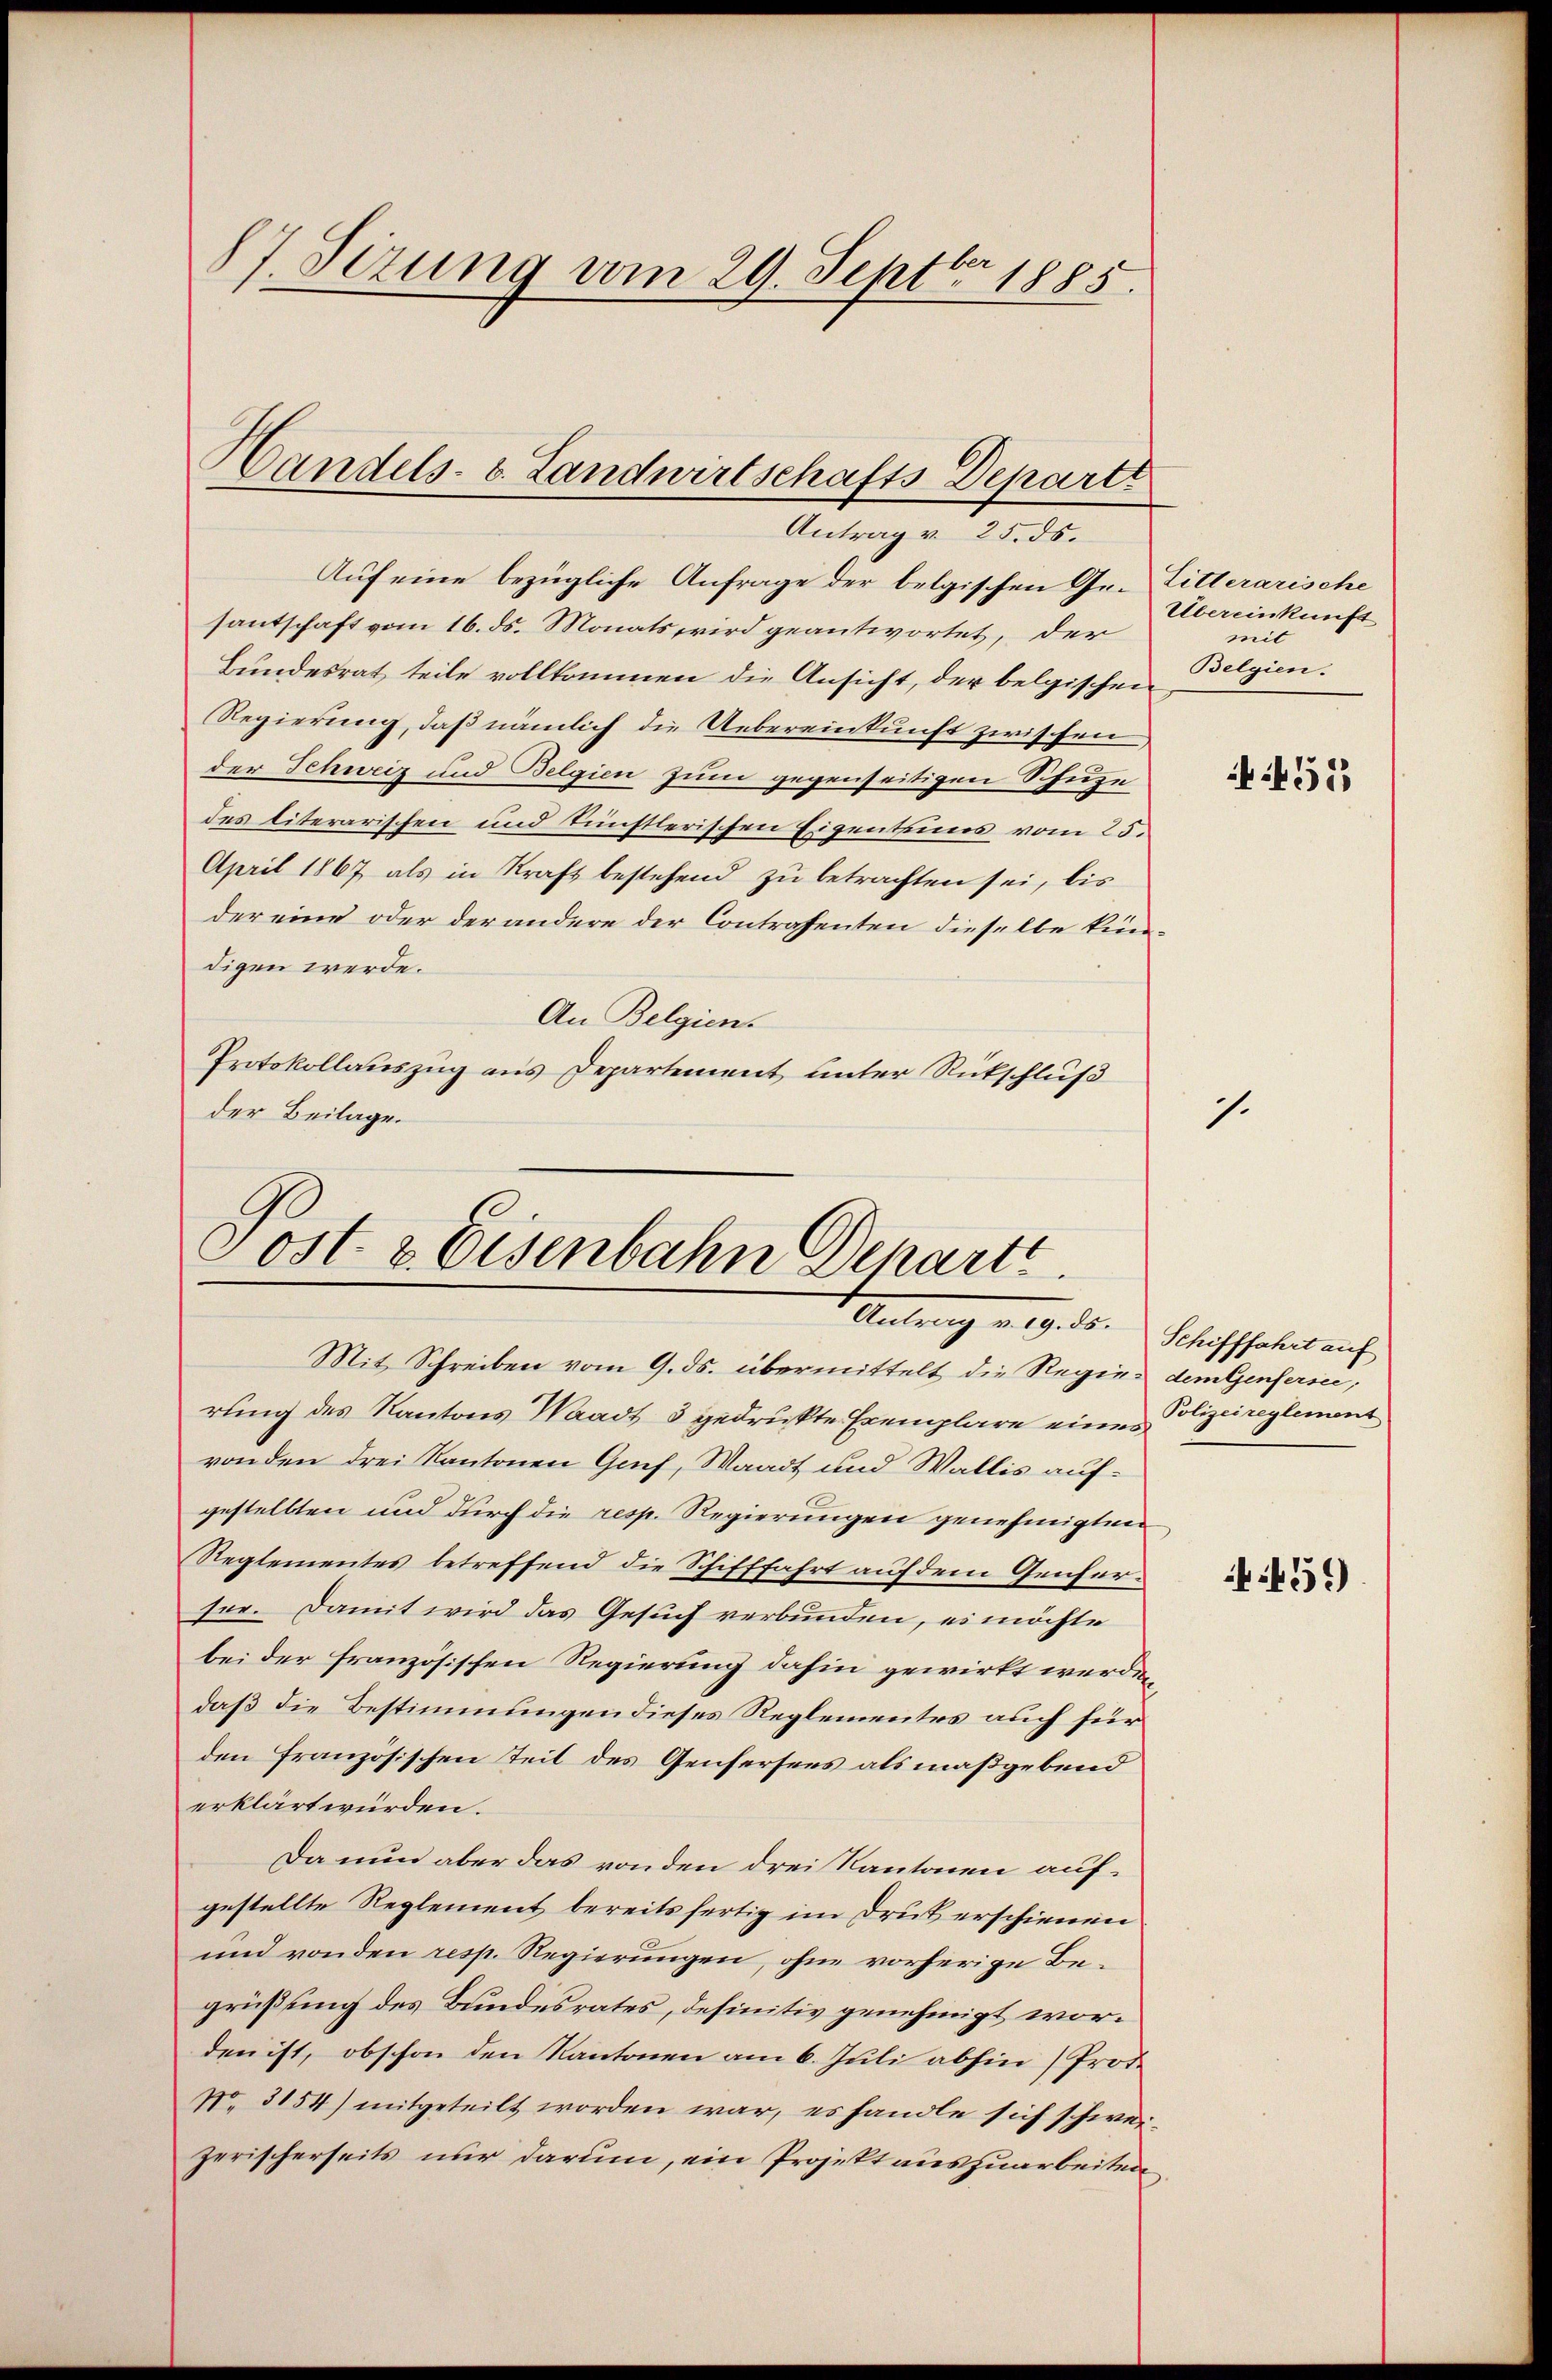
87. Sezung vom 29. Septbr 1885.

Auf eine bezügliche Anfrage der belgischen Gr. Litterarische
santschaft vom 16. ds. Monats wird geantwortet, der
Bundesrat teile vollkommen die Ansicht, der belgischen
Regierung, daß nämlich die Uebereinkunft zwischen
der Schweiz und Belgien zum gegenseitigen Schuze
des literarischen und künstlerischen Eigenteines vom 25.
April 1867 als in Kraft bestehend zu betrachten sei, bis
der eine oder der andere der Contrahenten dieselbe kindigen werde.
An Belgien.
Protokollauszug aus Departement unter Rückschluß
der Beilage.

Handels- 8. Landwirtschafts Departt
Antrag v. 25. ds.

Post- & Eisenbahn Departe
Antrag v. 19. ds. Schiffahrt auf
Mit Schreiben vom 9. ds. übermittelt die Regie dem Genfersee,

Übereinkunft
mit
Belgien.

rung des Kantons Waadt 3 gedruckte Exemplare eines Polizeireglement
ronden drei Kantonen Genf, Waadt und Wallis aufgestellten und durch die resp. Regierungen genehmigten
Reglementes betreffend die Schifffahrt auf dem Genferser. Damit wird das Gesuch verbunden, es möchte
bei der französischen Regierung dahin gewirkt werden
daß die Bestimmungen dieses Reglementes auch für
den Französischen Teil des Genfersers als maßgebend
erklärt würden.
Da nun aber das von den drei Kantonen aufgestellte Reglement bereits fertig im Druk erschienen
und von den resp. Regierungen, ohne vorherige Begrüßung des Bundesrates, definitiv genehmigt worden ist, obschon den Kantonen am 6. Juli abhin (Prot¬
No. 354) mitgeteilt worden war, es handle sich schweizerischerseits nur darum, ein Projekt auszuarbeiten

.

455

459)